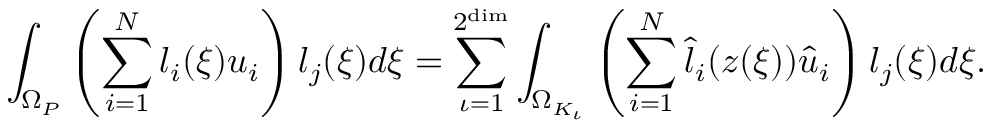
\int _ { \Omega _ { P } } \left( \sum _ { i = 1 } ^ { N } l _ { i } ( \boldsymbol { \xi } ) u _ { i } \right) l _ { j } ( \boldsymbol { \xi } ) d \boldsymbol { \xi } = \sum _ { \iota = 1 } ^ { 2 ^ { \dim } } \int _ { \Omega _ { K _ { \iota } } } \left( \sum _ { i = 1 } ^ { N } \hat { l } _ { i } ( \boldsymbol { z } ( \boldsymbol { \xi } ) ) \hat { u } _ { i } \right) l _ { j } ( \boldsymbol { \xi } ) d \boldsymbol { \xi } .